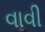
વાવી